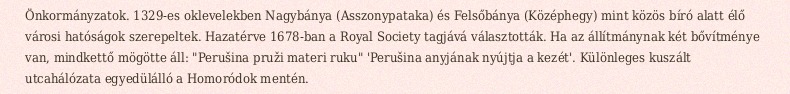
Önkormányzatok. 1329-es oklevelekben Nagybánya (Asszonypataka) és Felsőbánya (Középhegy) mint közös bíró alatt élő városi hatóságok szerepeltek. Hazatérve 1678-ban a Royal Society tagjává választották. Ha az állítmánynak két bővítménye van, mindkettő mögötte áll: "Perušina pruži materi ruku" 'Perušina anyjának nyújtja a kezét'. Különleges kuszált utcahálózata egyedülálló a Homoródok mentén.